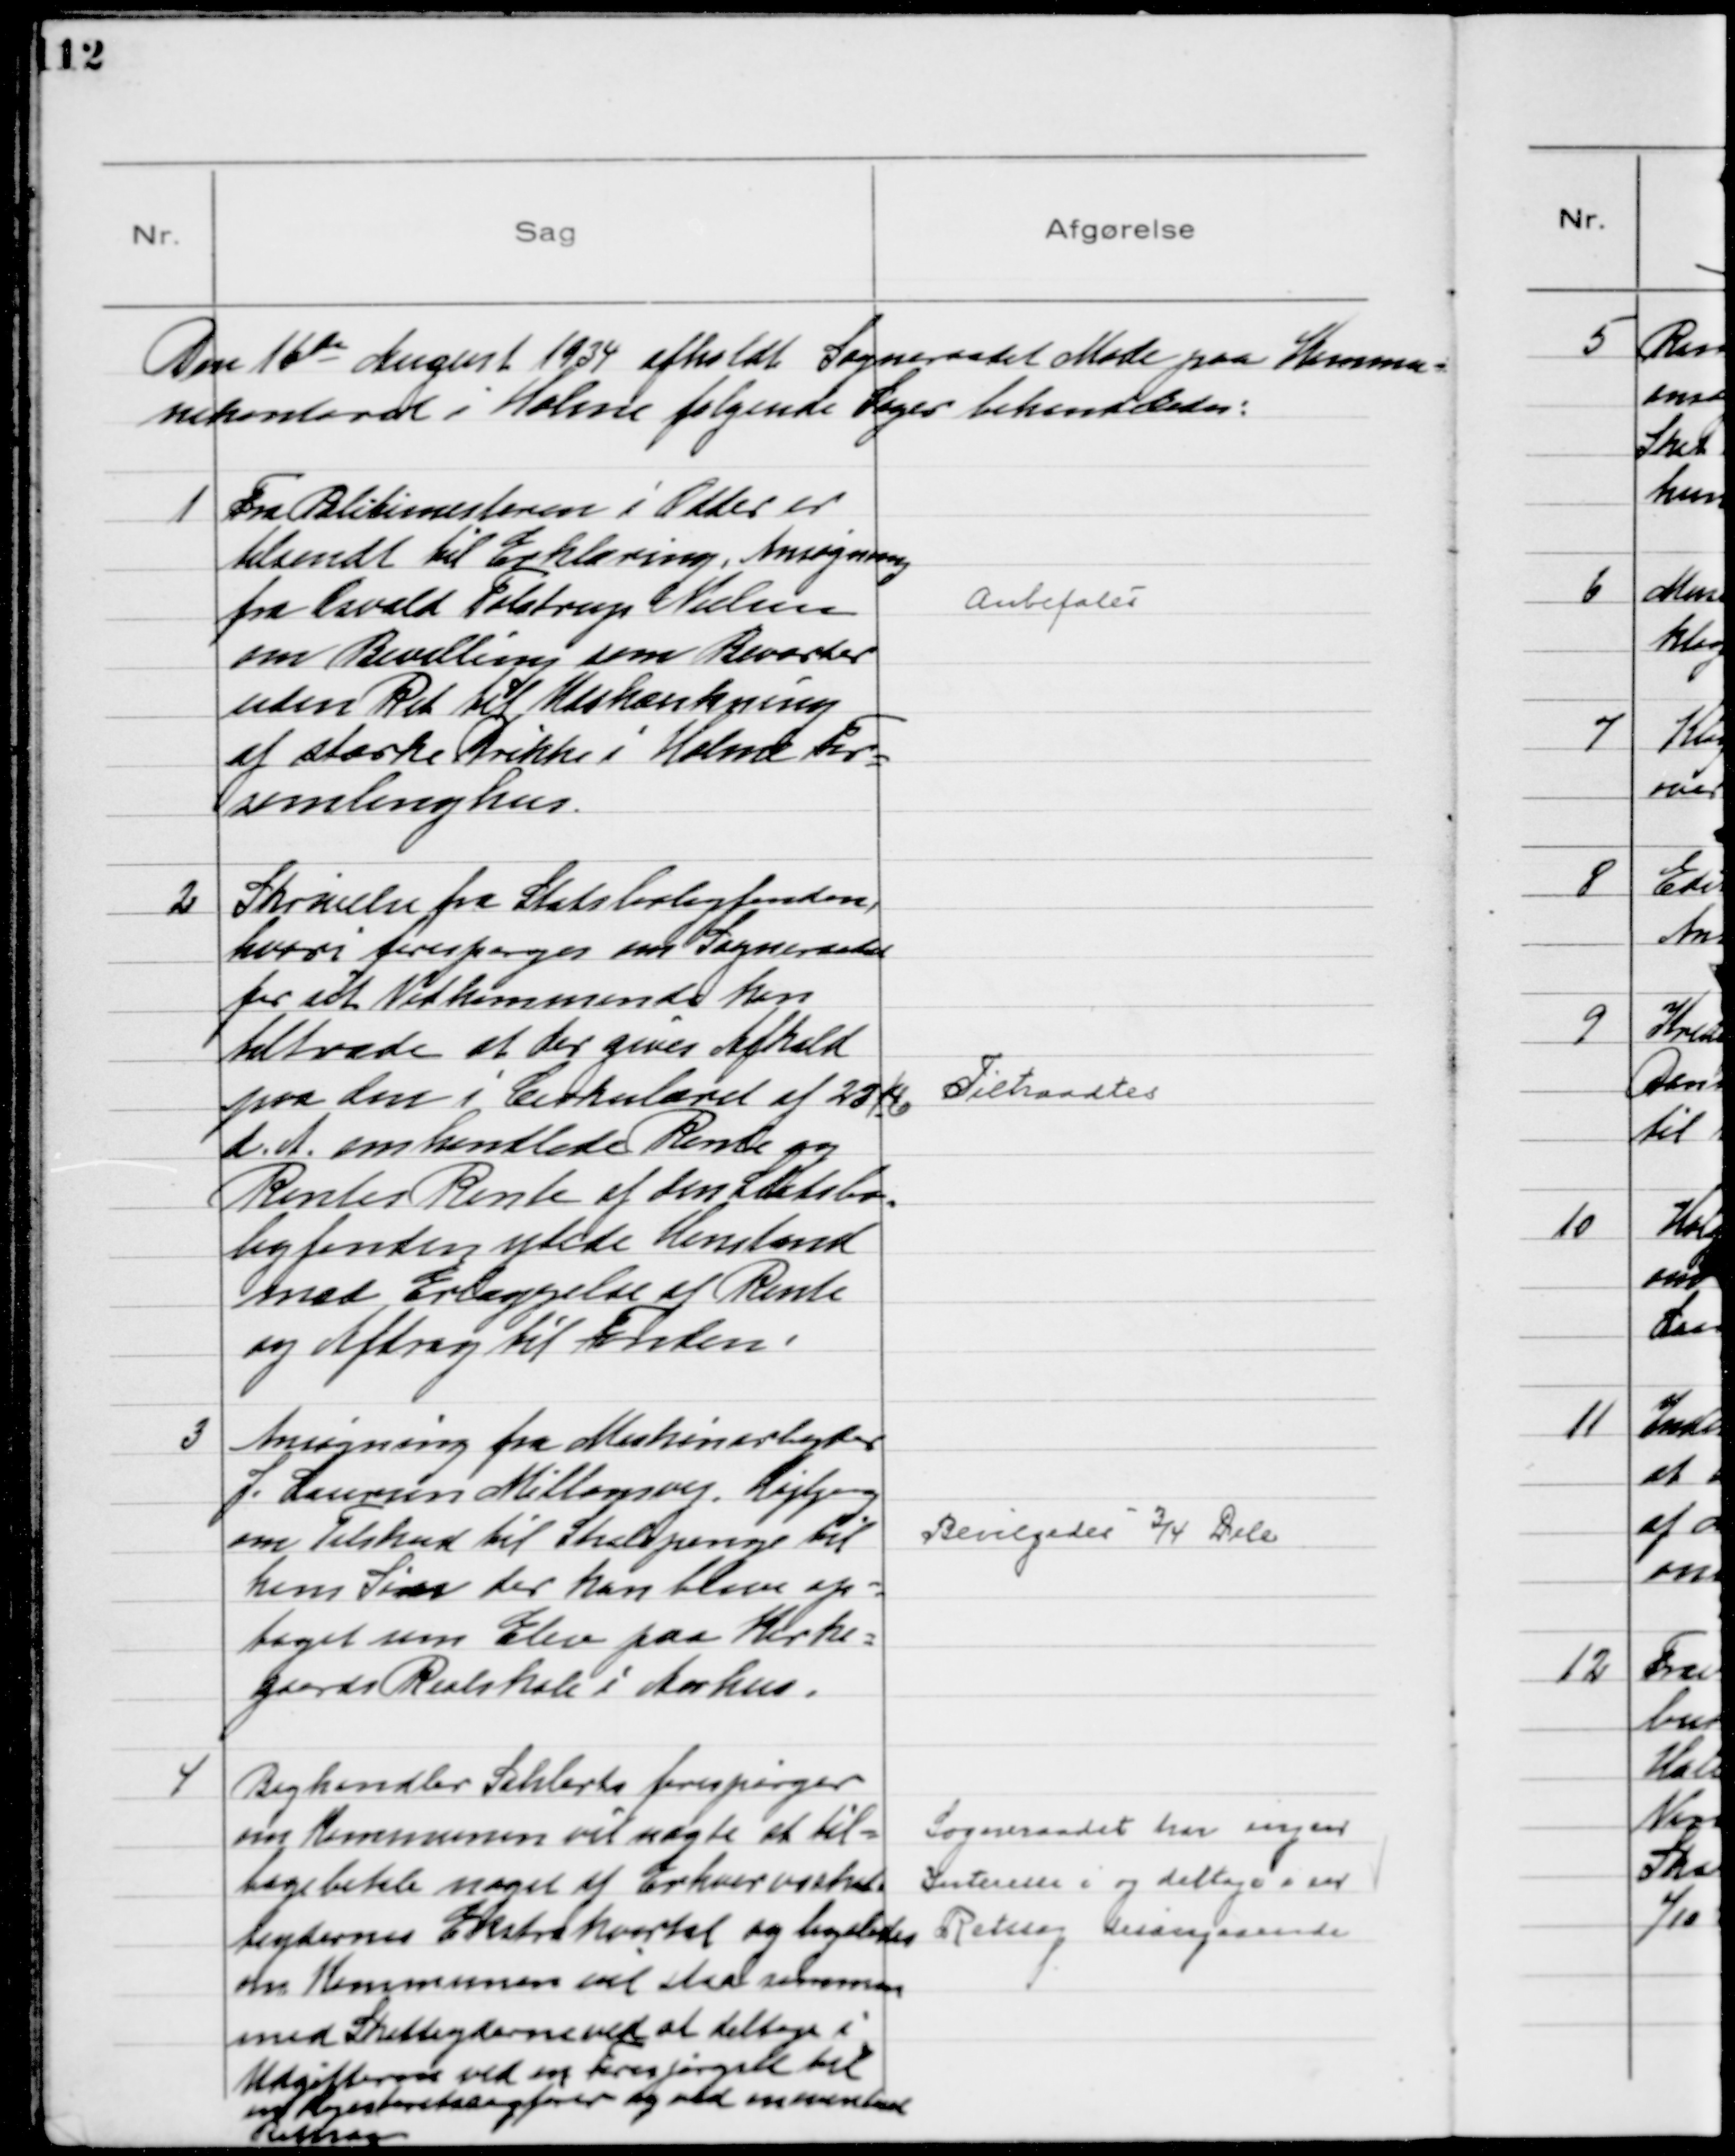
Transskription:
Den 16de August 1934 afholdt Sogneraadet Møde paa Kommu=
nekontoret i Holme følgende Sager behandledes:

1
Fra Politimesteren i Odder er
tilsendt til Erklæring, Ansøgning
fra Osvald Tolstrup Nielsen
om Bevilling som Beværter
uden Ret til Udskænkning
af stærke Drikke i Holme For=
samlingshus.

Anbefales

2
Skrivelse fra Statsboligfonden,
hvori forespørges om Sogneraadet
for sit Vedkommende kan
tiltræde at der gives Afkald
paa den i Cirkulæret af 23/6
d. A. omhandlede Rente og
Rentes Rente af den Statsbo=
ligfonden ydede Henstand
mod Erlæggelse af Rente
og Afdrag til Fonden

Tiltraadtes

3
Ansøgning fra Maskinarbejder
J. Laursen Miltonsvej, Højbjerg
om Tilskud til Skolepenge til
hans Søn der kan blive op=
taget som Elev paa Kirke=
gaards Realskole i Aarhus.

Bevilgedes ¾ Dele

4
Boghandler Sahlertz forespørger
om Kommunen vil nægte at til=
bagebetale noget af Erhvervsskat=
teydernes Ekstrakvartal og ligeledes
om Kommunen vil staa sammen
med Skatteyderne ved at deltage i
Udgifterne ved en Forespørgsel til
en Højesteretssagfører og ved en eventuel
Retssag

Sogneraadet har ingen
Interesse i og deltage i en
Retssag desangaaende